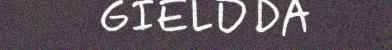
GIELDDA